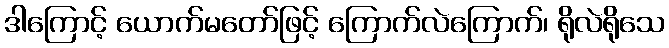
ဒါကြောင့် ယောက်မတော်ဖြင့် ကြောက်လဲကြောက်၊ ရိုလဲရိုသေ